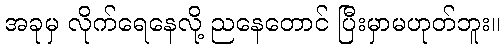
အခုမှ လိုက်ရေနေလို့ ညနေတောင် ပြီးမှာမဟုတ်ဘူး။